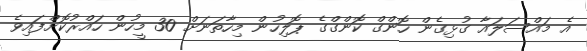
އެ މައްސަލައާ ގުޅިގެން ހޮންގް ކޮންގްގެ ޕޮލިހުން މިހާތަނަށް 30 މީހުން ހައްރުކޮށްފައިވެ